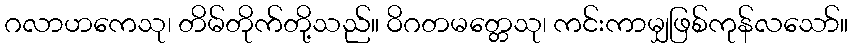
ဂလာဟကေသု၊ တိမ်တိုက်တို့သည်။ ဝိဂတမတ္တေသု၊ ကင်းကာမျှဖြစ်ကုန်လသော်။